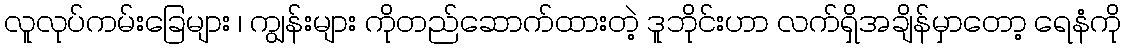
လူလုပ်ကမ်းခြေများ ၊ ကျွန်းများ ကိုတည်ဆောက်ထားတဲ့ ဒူဘိုင်းဟာ လက်ရှိအချိန်မှာတော့ ရေနံကို